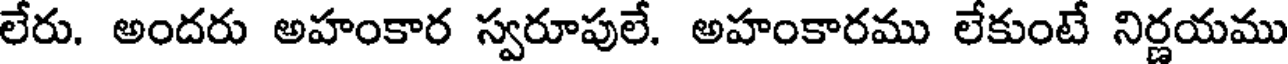
లేరు. అందరు అహంకార స్వరూపులే. అహంకారము లేకుంటే నిర్ణయము